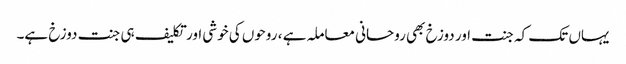
یہاں تک کہ جنت اور دوزخ بھی روحانی معاملہ ہے ، روحوں کی خوشی اور تکلیف ہی جنت دوزخ ہے۔